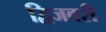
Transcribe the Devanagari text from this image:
द्विजवरी